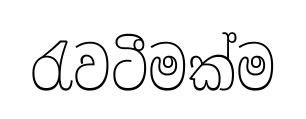
රැවටීමක්ම